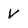
Character: V